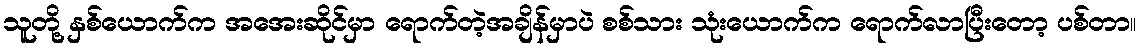
သူတို့ နှစ်ယောက်က အအေးဆိုင်မှာ ရောက်တဲ့အချိန်မှာပဲ စစ်သား သုံးယောက်က ရောက်လာပြီးတော့ ပစ်တာ။